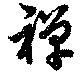
禅